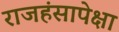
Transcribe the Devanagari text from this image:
राजहंसापेक्षा